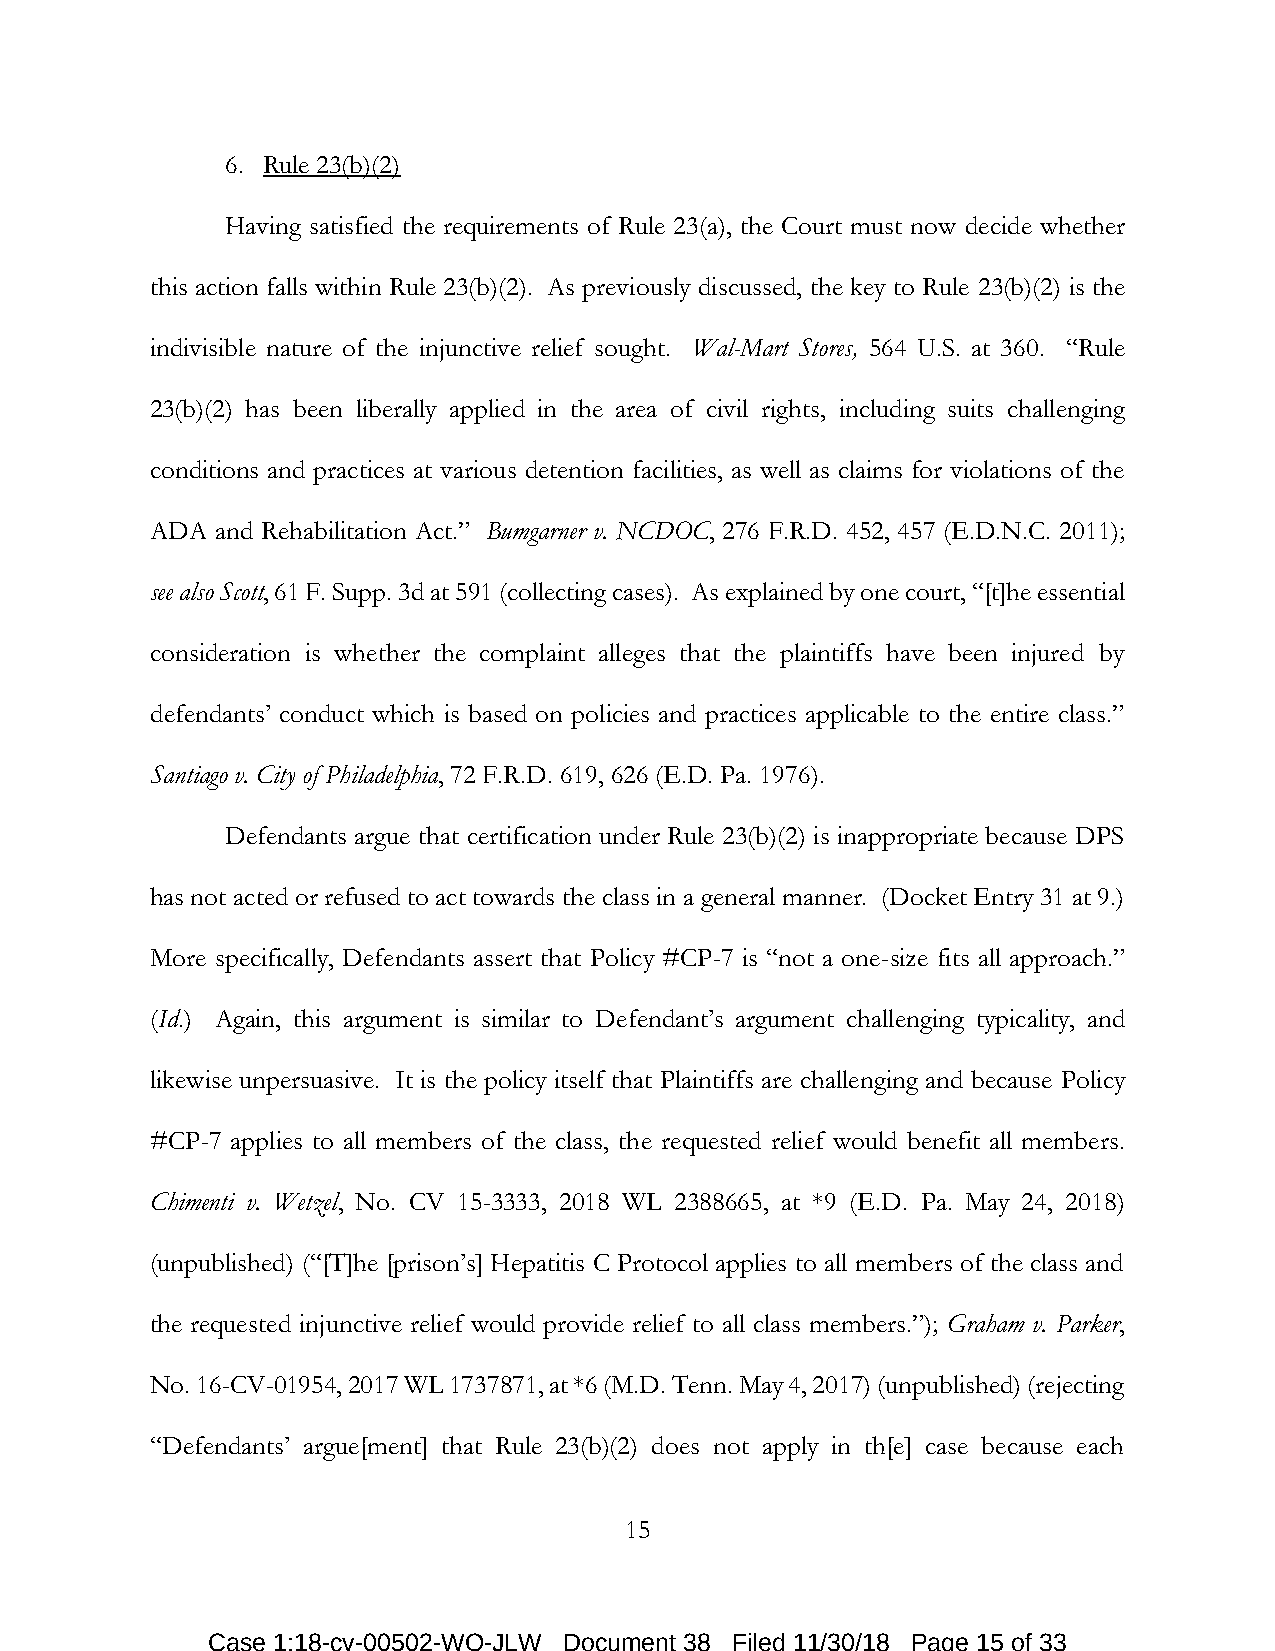
6. Rule 23(b)(2)
 Having satisfied the requirements of Rule 23(a), the Court must now decide whether
 this action falls within Rule 23(b)(2). As previously discussed, the key to Rule 23(b)(2) is the
 indivisible nature of the injunctive relief sought. Wal-Mart Stores, 564 U.S. at 360. “Rule
 23(b)(2) has been liberally applied in the area of civil rights, including suits challenging
 conditions and practices at various detention facilities, as well as claims for violations of the
 ADA and Rehabilitation Act.” Bumgarner v. NCDOC, 276 F.R.D. 452, 457 (E.D.N.C. 2011);
 see also Scott, 61 F. Supp. 3d at 591 (collecting cases). As explained by one court, “[t]he essential
 consideration is whether the complaint alleges that the plaintiffs have been injured by
 defendants’ conduct which is based on policies and practices applicable to the entire class.”
 Santiago v. City of Philadelphia, 72 F.R.D. 619, 626 (E.D. Pa. 1976).
 Defendants argue that certification under Rule 23(b)(2) is inappropriate because DPS
 has not acted or refused to act towards the class in a general manner. (Docket Entry 31 at 9.)
 More specifically, Defendants assert that Policy #CP-7 is “not a one-size fits all approach.”
 (Id.) Again, this argument is similar to Defendant’s argument challenging typicality, and
 likewise unpersuasive. It is the policy itself that Plaintiffs are challenging and because Policy
 #CP-7 applies to all members of the class, the requested relief would benefit all members.
 Chimenti v. Wetzel, No. CV 15-3333, 2018 WL 2388665, at *9 (E.D. Pa. May 24, 2018)
 (unpublished) (“[T]he [prison’s] Hepatitis C Protocol applies to all members of the class and
 the requested injunctive relief would provide relief to all class members.”); Graham v. Parker,
 No. 16-CV-01954, 2017 WL 1737871, at *6 (M.D. Tenn. May 4, 2017) (unpublished) (rejecting
 “Defendants’ argue[ment] that Rule 23(b)(2) does not apply in th[e] case because each
 15
 Case 1:18-cv-00502-WO-JLW Document 38 Filed 11/30/18 Page 15 of 33